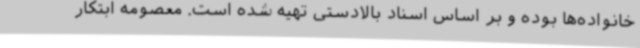
خانواده‌ها بوده و بر اساس اسناد بالادستی تهیه شده است. معصومه ابتکار